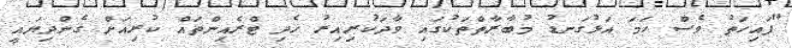
"ފައިހަތު ވެސް ހަމަ އަޅުގަނޑު މުބާރާތްތަކުގައި ވާދަކުރިއިރު ހެދި ޓްރެއިންތައް ކުރިއަށް ގެންދިޔައީ